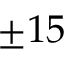
\pm 1 5